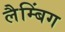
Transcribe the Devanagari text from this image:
लैम्बिंग